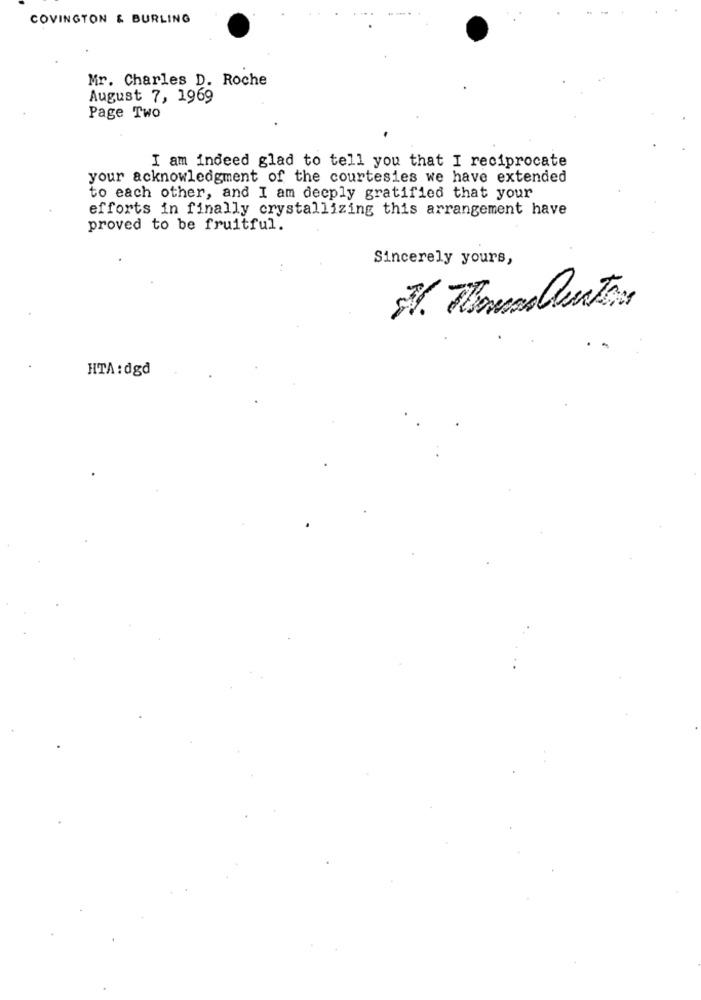
COVINGTON & BURLING
Mr. Charles D. Roche
August 7, 1969
Page Two
I am indeed glad to tell you that I reciprocate
your acknowledgment of the courtesies we have extended
to each other, and I am deeply gratified that your
efforts in finally crystallizing this arrangement have
proved to be fruitful.
Sincerely yours,
7. ThomasQuator
HTA : dgd